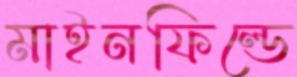
মাইনফিল্ডে